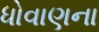
ધોવાણના